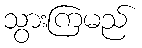
သွားကြမည်